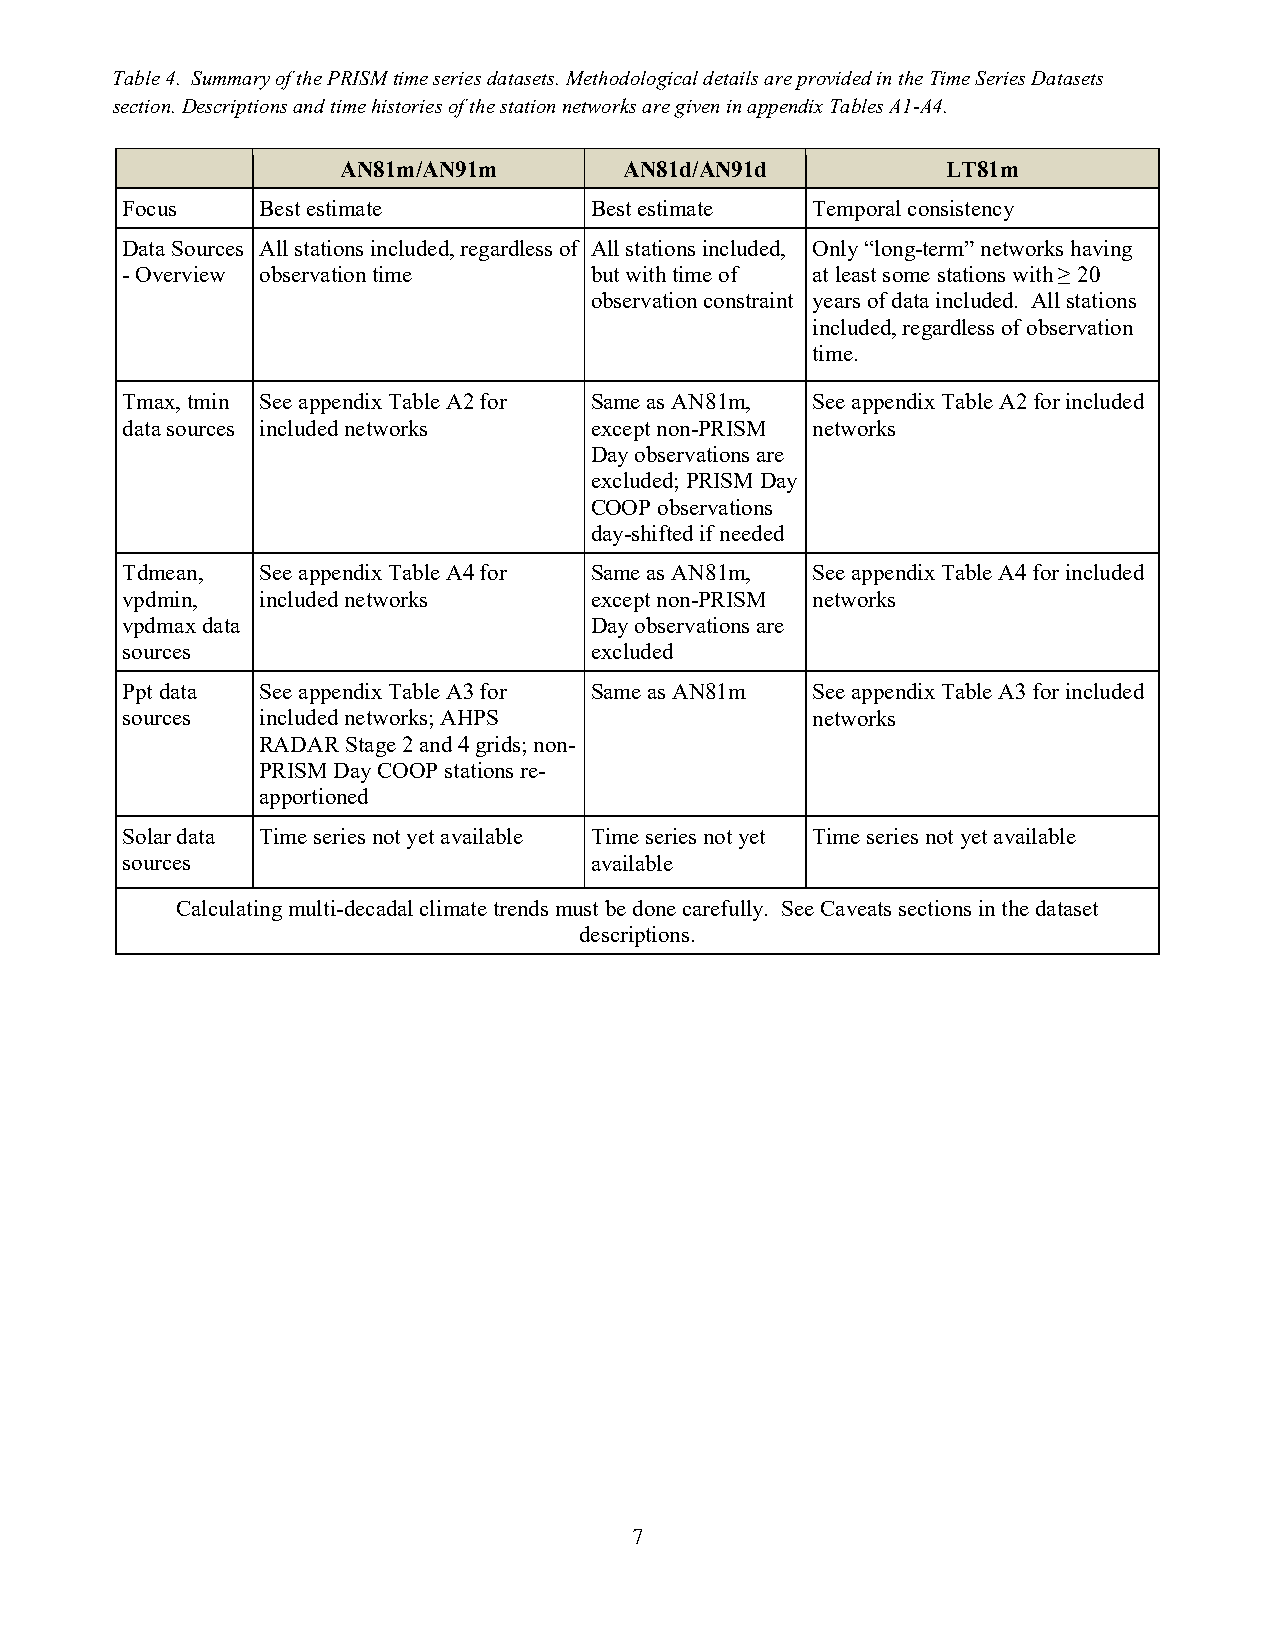
Table 4. Summary of the PRISM time series datasets. Methodological details are provided in the Time Series Datasets
 section. Descriptions and time histories of the station networks are given in appendix Tables A1-A4.
 AN81m/AN91m       AN81d/AN91d           LT81m
 Focus    Best estimate         Best estimate  Temporal consistency
 Data Sources All stations included, regardless of All stations included, Only “long-term” networks having
 - Overview observation time    but with time of at least some stations with ≥ 20
 observation constraint years of data included. All stations
 included, regardless of observation
 time.
 Tmax, tmin See appendix Table A2 for Same as AN81m, See appendix Table A2 for included
 data sources included networks except non-PRISM networks
 Day observations are
 excluded; PRISM Day
 COOP observations
 day-shifted if needed
 Tdmean,  See appendix Table A4 for Same as AN81m, See appendix Table A4 for included
 vpdmin,  included networks     except non-PRISM networks
 vpdmax data                    Day observations are
 sources                        excluded
 Ppt data See appendix Table A3 for Same as AN81m See appendix Table A3 for included
 sources  included networks; AHPS              networks
 RADAR Stage 2 and 4 grids; non-
 PRISM Day COOP stations re-
 apportioned
 Solar data Time series not yet available Time series not yet Time series not yet available
 sources                        available
 Calculating multi-decadal climate trends must be done carefully. See Caveats sections in the dataset
 descriptions.
 7